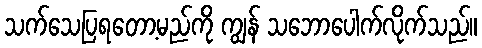
သက်သေပြရတော့မည်ကို ကျွန် သဘောပေါက်လိုက်သည်။